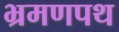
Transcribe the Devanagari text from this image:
भ्रमणपथ